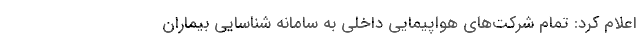
اعلام کرد: تمام شرکت‌های هواپیمایی داخلی به سامانه شناسایی بیماران